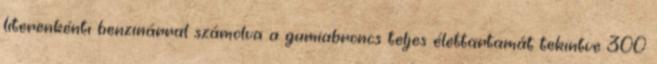
literenkénti benzinárral számolva a gumiabroncs teljes élettartamát tekintve 300